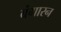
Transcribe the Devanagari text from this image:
बंगारन